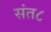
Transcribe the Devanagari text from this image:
संत८